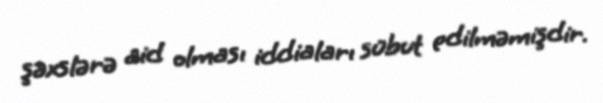
şəxslərə aid olması iddiaları sübut edilməmişdir.